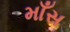
માઁસ